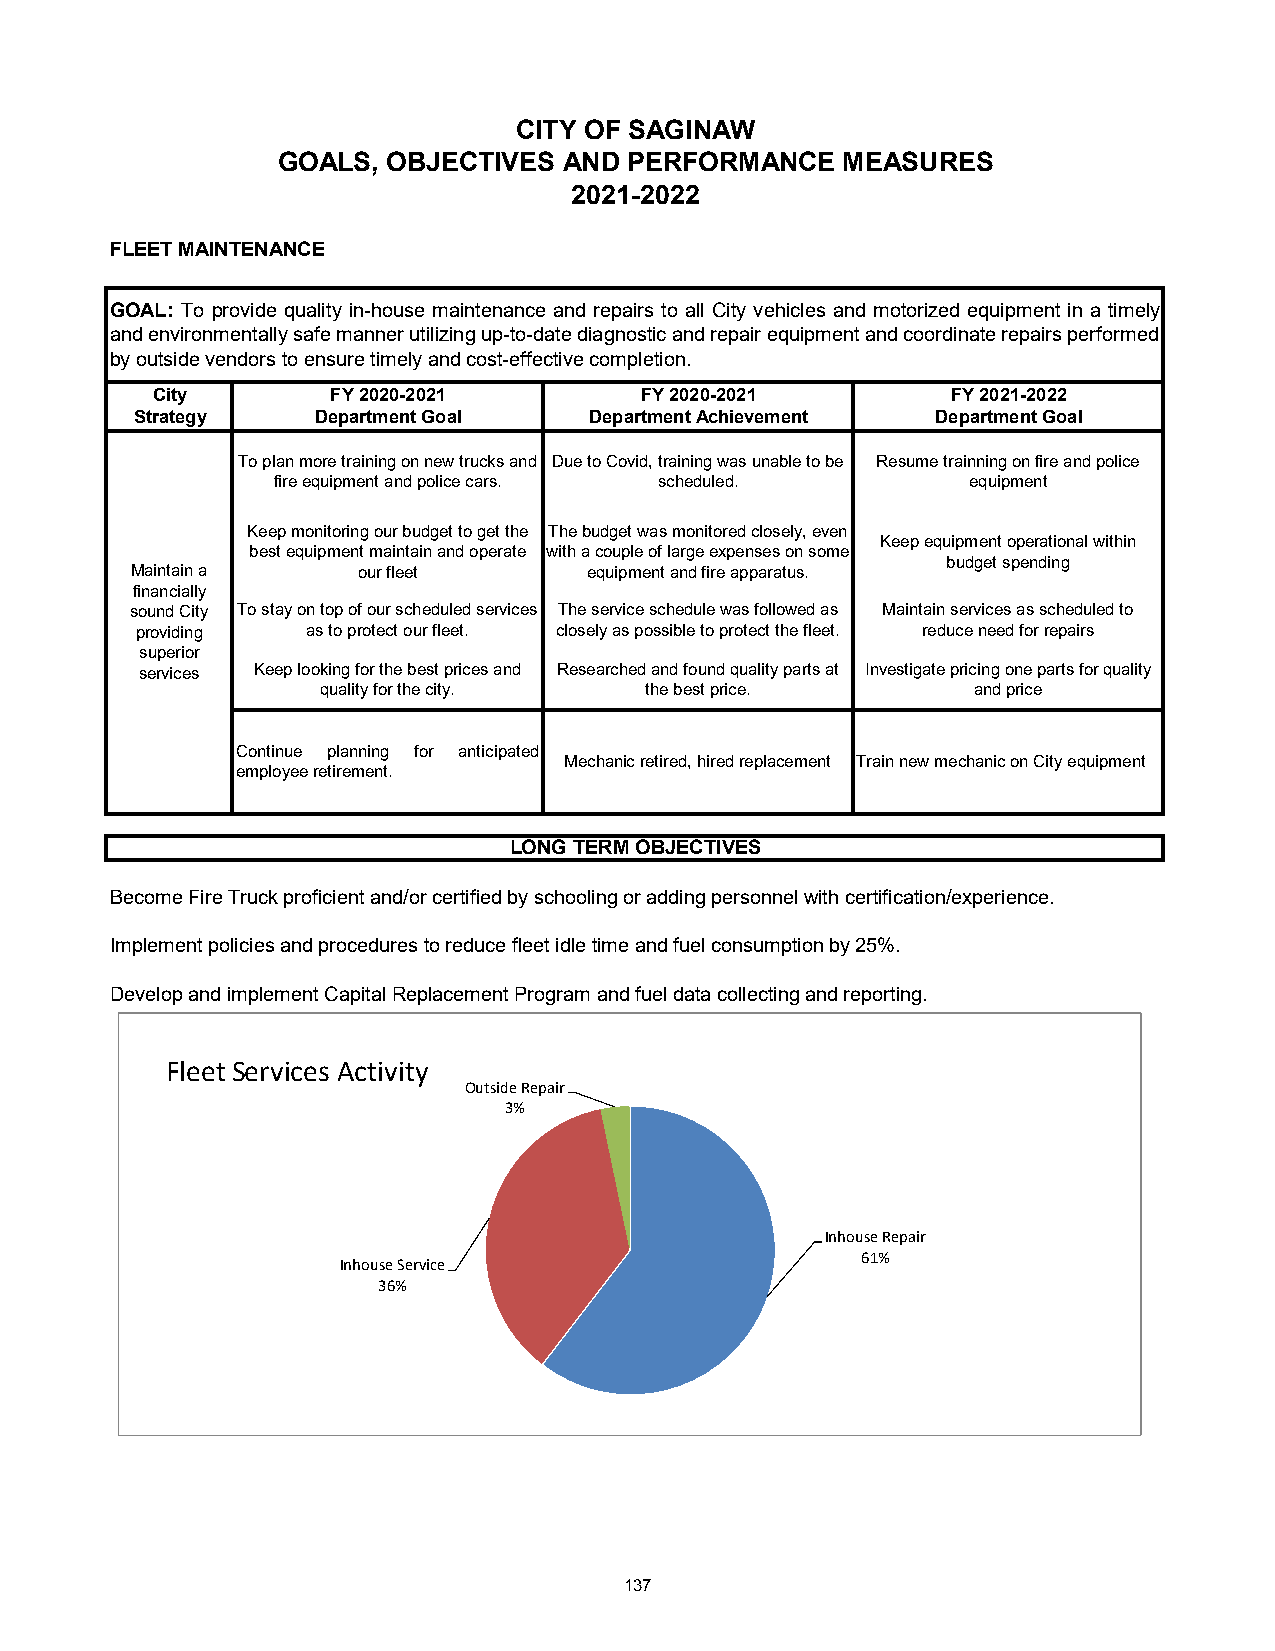
CITY OF SAGINAW
 GOALS,  OBJECTIVES AND  PERFORMANCE   MEASURES
 2021-2022
 FLEET MAINTENANCE
 GOAL: To provide quality in-house maintenance and repairs to all City vehicles and motorized equipment in a timely
 and environmentally safe manner utilizing up-to-date diagnostic and repair equipment and coordinate repairs performed
 by outside vendors to ensure timely and cost-effective completion.
 City        FY 2020-2021        FY 2020-2021         FY 2021-2022
 Strategy    Department Goal   Department Achievement Department Goal
 To plan more training on new trucks and Due to Covid, training was unable to be Resume trainning on fire and police
 fire equipment and police cars. scheduled.    equipment
 Keep monitoring our budget to get the The budget was monitored closely, even
 Keep equipment operational within
 best equipment maintain and operate with a couple of large expenses on some
 budget spending
 Maintain a     our fleet      equipment and fire apparatus.
 financially
 sound City To stay on top of our scheduled services The service schedule was followed as Maintain services as scheduled to
 providing  as to protect our fleet. closely as possible to protect the fleet. reduce need for repairs
 superior
 services Keep looking for the best prices and Researched and found quality parts at Investigate pricing one parts for quality
 quality for the city. the best price.      and price
 Continue planning for anticipated
 Mechanic retired, hired replacement Train new mechanic on City equipment
 employee retirement.
 LONG TERM OBJECTIVES
 Become Fire Truck proficient and/or certified by schooling or adding personnel with certification/experience.
 Implement policies and procedures to reduce fleet idle time and fuel consumption by 25%.
 Develop and implement Capital Replacement Program and fuel data collecting and reporting.
 FleetServices Activity
 1                  Outside Repair
 3%
 0.9
 0.8
 0.7
 0.6
 0.5
 Inhouse Repair
 0.4                                           61%
 Inhouse Service
 0.3           36%
 0.2
 0.1
 0
 99%        100%       98%       97%        99%
 'Perf Meas'!#REF!
 137